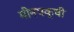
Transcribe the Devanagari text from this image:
मीनपक्षी